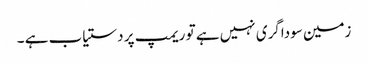
زمین سوداگری نہیں ہے تو ریمپ پر دستیاب ہے ۔